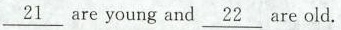
\underline{21} are young and \underline{22} are old.